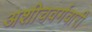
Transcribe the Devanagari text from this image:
अशीचवर्गवारी